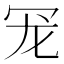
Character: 𮰄